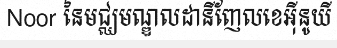
Noor នៃមជ្ឈមណ្ឌលដានីញែលខេអ៊ីនូយី